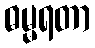
ဓမ္မရတာ